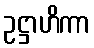
ဥဋ္ဌာဟိကာ